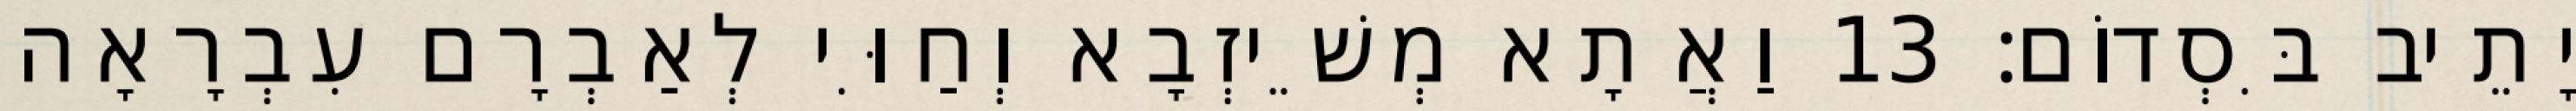
יָתֵיב בִּסְדוֹם׃ 13 וַאֲתָא מְשֵׁיזְבָא וְחַוִּי לְאַבְרָם עִבְרָאָה